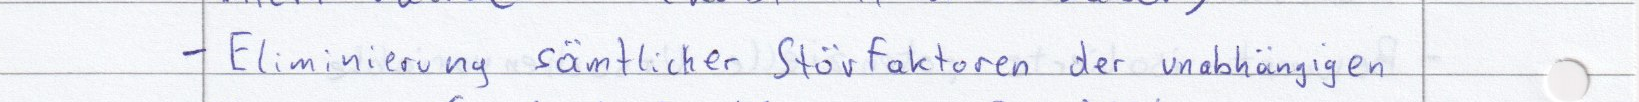
- Eliminierung sämtlicher Störfaktoren der unabhängigen